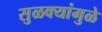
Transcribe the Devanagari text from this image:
सुळक्यांमुळे